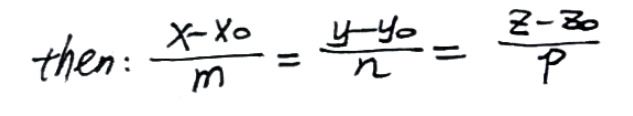
$then: \(\frac{x - x_0}{m} = \frac{y - y_0}{n} = \frac{z - z_0}{p}\)$